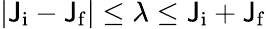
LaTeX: |\mathsf{J}_{\mathrm{{i}}}-\mathsf{J}_{\mathrm{{f}}}|\leq\lambda\leq\mathsf{J}_{\mathrm{{i}}}+\mathsf{J}_{\mathrm{{f}}}